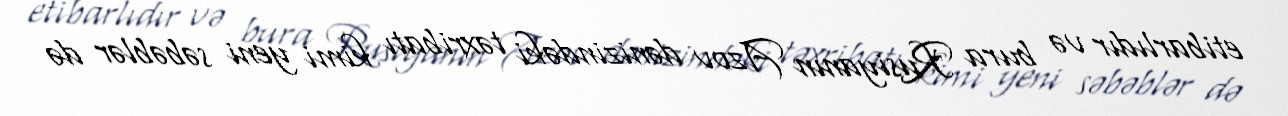
etibarlıdır və bura Rusiyanın Azov dənizindəki təxribatı kimi yeni səbəblər də